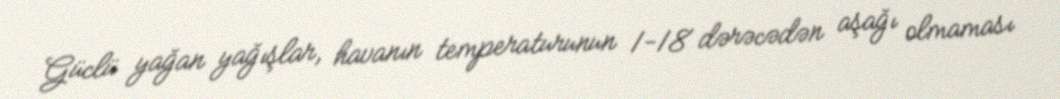
Güclü yağan yağışlar, havanın temperaturunun 1-18 dərəcədən aşağı olmaması